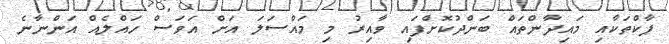
ޕާކްތަކާއި މައިދާންތައް ބަންދުކޮށްފައި ވާއިރު މި މައްސަލަ އަށް އަވަސް ހައްލެއް އަންނާނެ